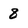
Character: 8